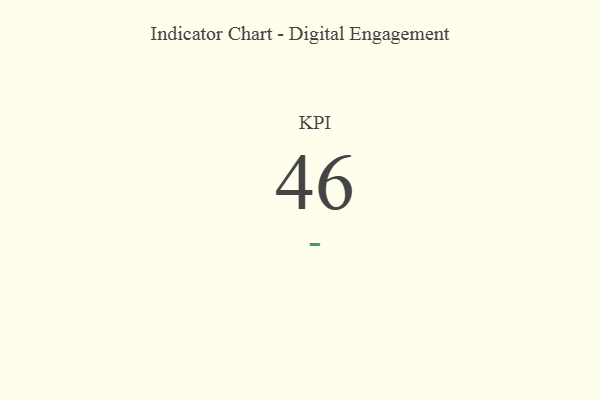
{"axis": {"x": "KPI", "y": "Value"}, "legend": [""], "data": [{"x": "KPI", "y": 46, "type": ""}]}